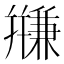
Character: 𱝀